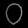
Digit: ၀